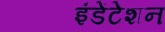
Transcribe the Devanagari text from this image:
इंडेंटेशन